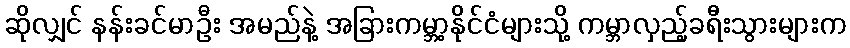
ဆိုလျှင် နန်းခင်မာဦး အမည်နဲ့ အခြားကမ္ဘာ့နိုင်ငံများသို့ ကမ္ဘာလှည့်ခရီးသွားများက